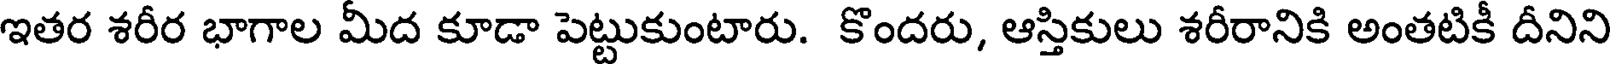
ఇతర శరీర భాగాల మీద కూడా పెట్టుకుంటారు. కొందరు, ఆస్తికులు శరీరానికి అంతటికీ దీనిని